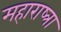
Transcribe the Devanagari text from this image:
महाराष्त्रा